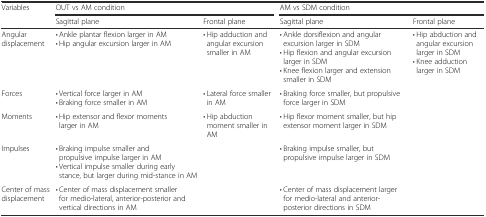
| Variables | <COLSPAN=2> OUT vs AM condition | <COLSPAN=2> AM vs SDM condition |
 |  | Sagittal plane | Frontal plane | Sagittal plane | Frontal plane |
 | --- | --- | --- | --- | --- |
 | Angular displacement | • Ankle plantar flexion larger in AM• Hip angular excursion larger in AM | • Hip adduction and angular excursion smaller in AM | • Ankle dorsiflexion and angular excursion larger in SDM• Hip flexion and angular excursion larger in SDM• Knee flexion larger and extension smaller in SDM | • Hip abduction and angular excursion larger in SDM• Knee adduction larger in SDM |
 | Forces | • Vertical force larger in AM• Braking force smaller in AM | • Lateral force smaller in AM | • Braking force smaller, but propulsive force larger in SDM |  |
 | Moments | • Hip extensor and flexor moments larger in AM | • Hip abduction moment smaller in AM | • Hip flexor moment smaller, but hip extensor moment larger in SDM |  |
 | Impulses | • Braking impulse smaller and propulsive impulse larger in AM• Vertical impulse smaller during early stance, but larger during mid-stance in AM |  | • Braking impulse smaller, but propulsive impulse larger in SDM |  |
 | Center of mass displacement | • Center of mass displacement smaller for medio-lateral, anterior-posterior and vertical directions in AM |  | • Center of mass displacement larger for medio-lateral and anterior-posterior directions in SDM |  |